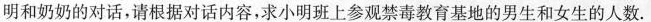
明和奶奶的对话，请根据对话内容，求小明班上参观禁毒教育基地的男生和女生的人数。